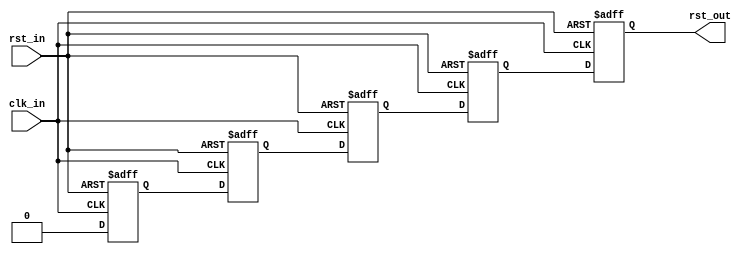
module gtwizard_ultrascale_v1_7_1_reset_synchronizer # (

  parameter FREQUENCY = 512

)(

  input  wire clk_in,
  input  wire rst_in,
  output wire rst_out

);

  // Use 5 flip-flops as a single synchronizer, and tag each declaration with the appropriate synthesis attribute to
  // enable clustering. Each flip-flop in the synchronizer is asynchronously reset so that the downstream logic is also
  // asynchronously reset but encounters no reset assertion latency. The removal of reset is synchronous, so that the
  // downstream logic is also removed from reset synchronously. This module is designed for active-high reset use.

  (* ASYNC_REG = "TRUE" *) reg rst_in_meta  = 1'b0;
  (* ASYNC_REG = "TRUE" *) reg rst_in_sync1 = 1'b0;
  (* ASYNC_REG = "TRUE" *) reg rst_in_sync2 = 1'b0;
  (* ASYNC_REG = "TRUE" *) reg rst_in_sync3 = 1'b0;
                           reg rst_in_out   = 1'b0;

  always @(posedge clk_in, posedge rst_in) begin
    if (rst_in) begin
      rst_in_meta  <= 1'b1;
      rst_in_sync1 <= 1'b1;
      rst_in_sync2 <= 1'b1;
      rst_in_sync3 <= 1'b1;
      rst_in_out   <= 1'b1;
    end
    else begin
      rst_in_meta  <= 1'b0;
      rst_in_sync1 <= rst_in_meta;
      rst_in_sync2 <= rst_in_sync1;
      rst_in_sync3 <= rst_in_sync2;
      rst_in_out   <= rst_in_sync3;
    end
  end

  assign rst_out = rst_in_out;


endmodule